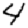
Digit: 4